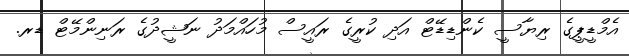
އެމްޑީޕީގެ ރިޔާސީ ކެންޑިޑޭޓް އަދި ކުރީގެ ރައީސް މުހައްމަދު ނަޝީދުގެ ރަނިންމޭޓް ޑރ.